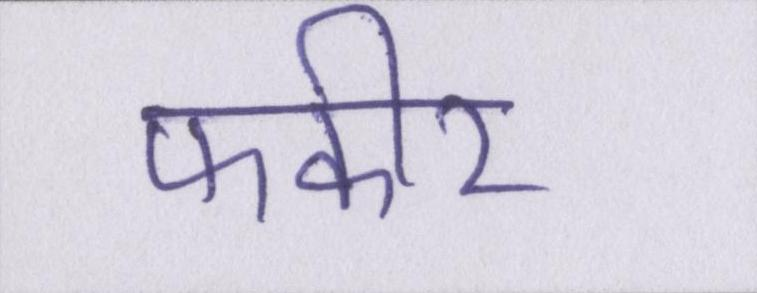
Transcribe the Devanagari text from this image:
फकीर